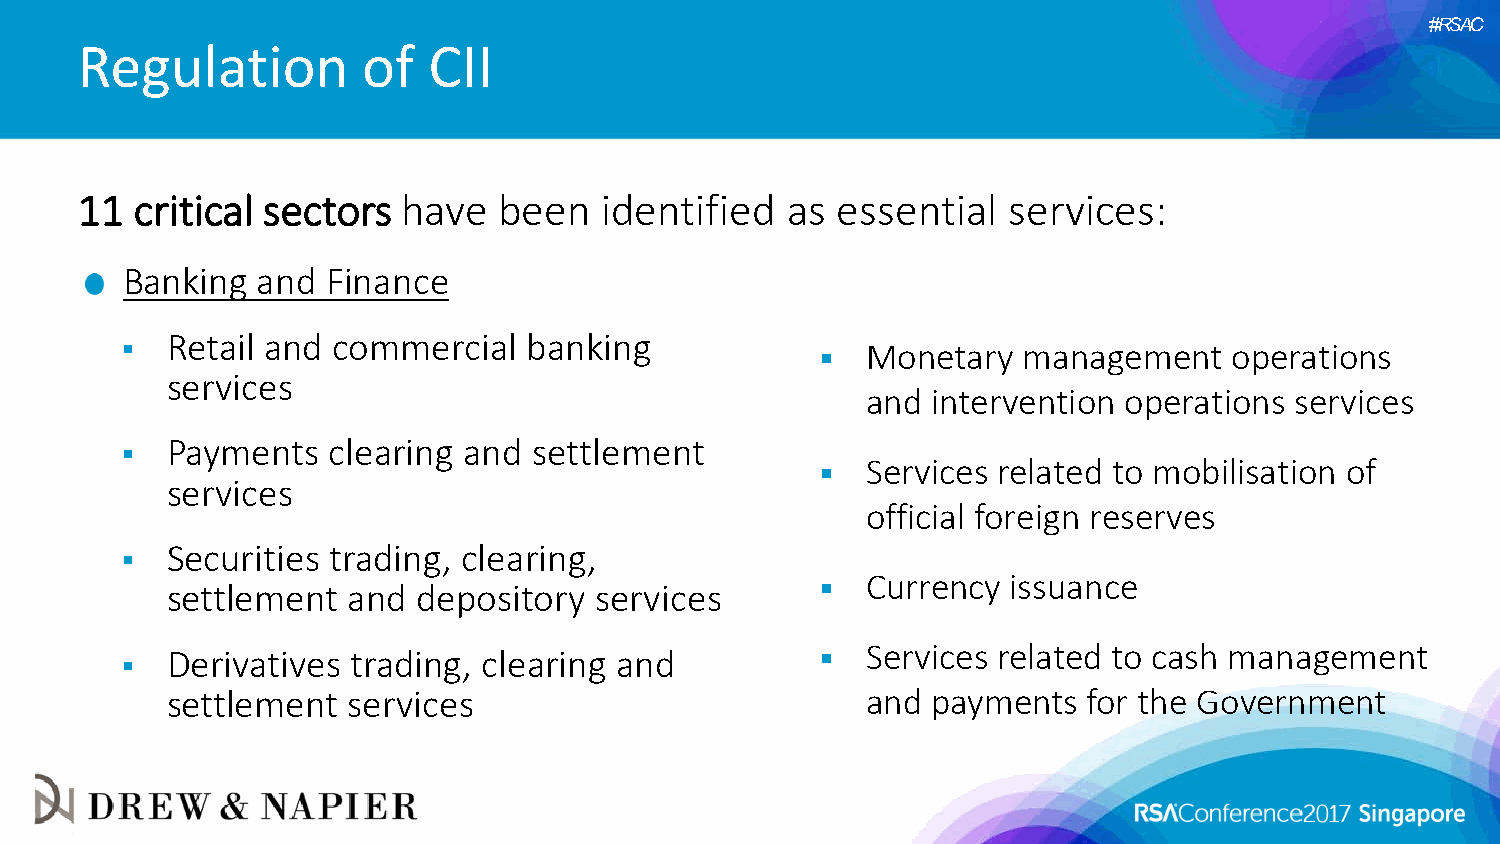
#RSAC
 Regulation         of  CII
 11  critical sectors  have  been   identified  as essential   services:
 Banking  and  Finance
   Retail and commercial   banking              Monetary   management    operations
 services
 and  intervention operations services
   Payments   clearing and settlement
   Services related to mobilisation of
 services
 official foreign reserves
   Securities trading, clearing,
 settlement  and  depository services         Currency  issuance
   Derivatives trading, clearing and            Services related to cash management
 settlement  services                          and  payments  for the Government